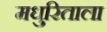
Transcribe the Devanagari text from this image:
मधुरिताला